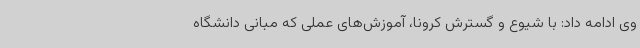
وی ادامه داد: با شیوع و گسترش کرونا، آموزش‌های عملی که مبانی دانشگاه‌